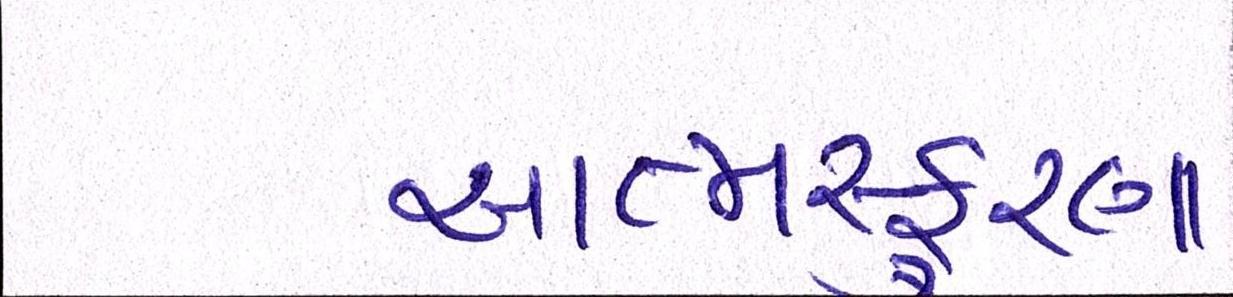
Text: આત્મસ્ફૂરણા